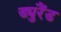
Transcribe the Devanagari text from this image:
ड्युरैंड